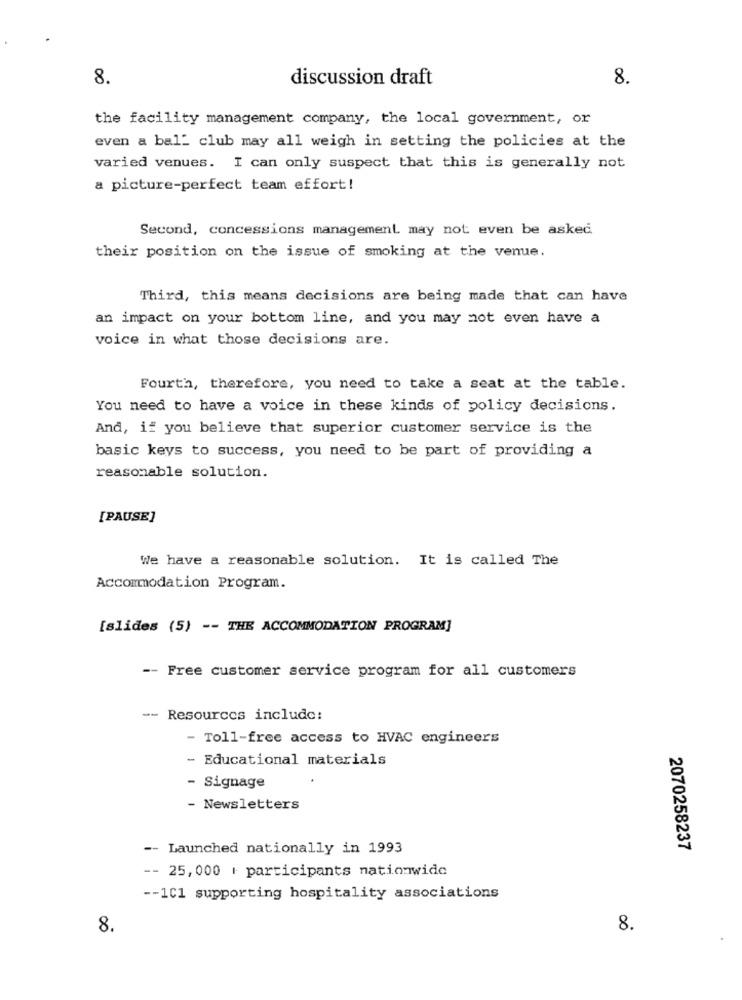
8.
discussion draft
8.
the facility management company, the local government, or
even a bal_ club may all weigh in setting the policies at the
varied venues. I can only suspect that this is generally not
a picture-perfect team effort!
Second, concessions management may not even be asked
their position on the issue of smoking at the venue.
Third, this means decisions are being made that can have
an impact on your bottom line, and you may not even have a
voice in what those decisions are.
Fourth, therefore, you need to take a seat at the table.
You need to have a voice in these kinds of policy decisions.
And, if you believe that superior customer service is the
basic keys to success, you need to be part of providing a
reasonable solution.
[PAUSE]
We have a reasonable solution. It is called The
Accommodation Program.
[slides (5) -- THE ACCOMMODATION PROGRAM]
-- Free customer service program for all customers
-- Resources include:
- Toll-free access to HVAC engineers
- Educational materials
- Signage
- Newsletters
-- Launched nationally in 1993
2070258237
-- 25, 000 | participants nationwide
-- 1C1 supporting hospitality associations
8.
8.